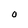
Character: O